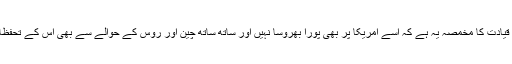
بھارتی قیادت کا مخمصہ یہ ہے کہ اُسے امریکا پر بھی پورا بھروسا نہیں اور ساتھ ساتھ چین اور روس کے حوالے سے بھی اس کے تحفظات ہیں۔